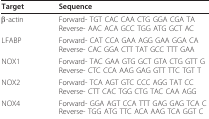
| Target | Sequence |
 | --- | --- |
 | β-actin | Forward- TGT CAC CAA CTG GGA CGA TAReverse- AAC ACA GCC TGG ATG GCT AC |
 | LFABP | Forward- CAT CCA GAA AGG GAA GGA CAReverse- CAC GGA CTT TAT GCC TTT GAA |
 | NOX1 | Forward- TAC GAA GTG GCT GTA CTG GTT GReverse- CTC CCA AAG GAG GTT TTC TGT T |
 | NOX2 | Forward- TCA AGT GTC CCC AGG TAT CCReverse- CTT CAC TGG CTG TAC CAA AGG |
 | NOX4 | Forward- GGA AGT CCA TTT GAG GAG TCA CReverse- TGG ATG TTC ACA AAG TCA GGT C |